Report of the King Institute of Preventive Medicine, Guindy
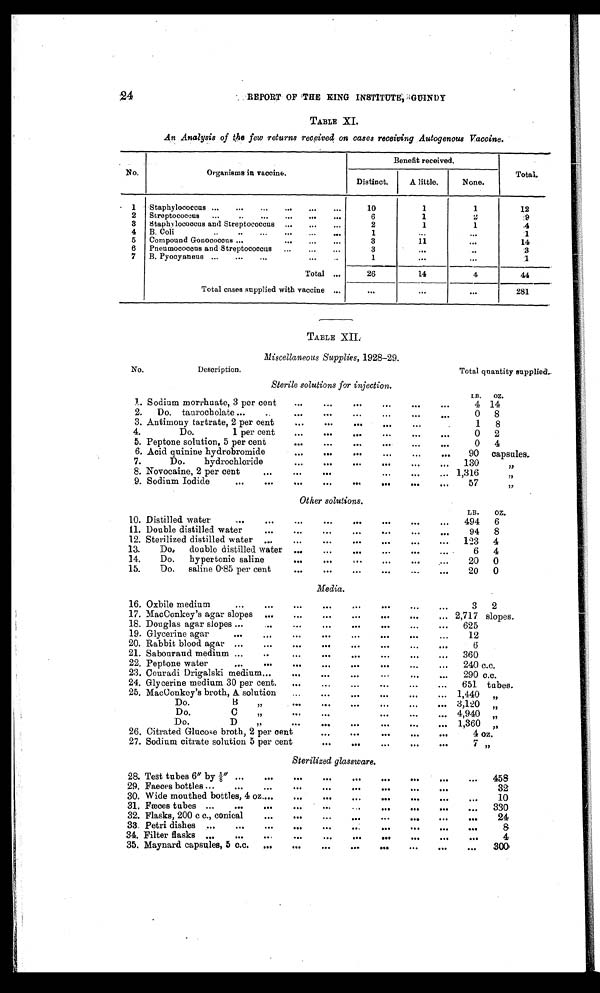
24
REPORT OF THE KING INSTITUTE, GUINDY
TABLE XI.
An Analysis of the few returns received on cases receiving Autogenous Vaccine.
No.
Organisms in vaccine.
Benefit received.
Total.
Distinct.
A little.
None.
1
Staphylococcus ...
...
...
...
...
...
10
1
1
12
2
Streptococcus
...
6
1
2
9
3
Staphylococcus and Streptococcus ...
...
...
2
1
1
4
4
B. Coli
1
. . .
. . .
1
5
Compound Gonococcus ...
3
11
. . .
14
6
Pneumococcous and Streptococcus ... ... ...
3
. . .
. . .
3
7
B. Pyocyaneus ...
...
...
...
1
. . .
. . .
1
Total ...
26
14
4
44
Total cases supplied with vaccine ...
. . .
. . .
. . .
281
TABLE XII.
Miscellaneous Supplies, 1928-29.
No.
Description.
Total quantity supplied.
Sterile solutions for injection.
L B . O Z .
l. Sodium morrhuate, 3 per cent
...
...
...
...
...
...
4 1 4
2.
Do. taurocholate ...
..
...
. . .
. . .
. . .
. . .
. . .
0
8
3. Antimony tartrate, 2 per cent
...
...
. . .
. . .
...
1
8
4.
Do.
1 per cent
...
. . .
. . .
...
. . .
. . .
0
2
5. Peptone solution, 5 per cent
...
. . .
. . .
...
...
. . .
0
4
6. Acid quinine hydrobromide
...
. . .
. . .
. . .
. . .
. . .
90
capsules.
7.
Do.
hydrochloride
...
8. Novocaine, 2 per cent
...
...
. . .
. . .
...
. . .
. . .
. . .
...
. . .
...
130
, ,
1,316
, ,
9. Sodium Iodide
...
....
. . .
. . .
. . .
. . .
.. .
57
, ,
Other solutions.
LB.
Oz.
10. Distilled water
....
.. .
. . .
. . .
. . .
. . .
. . .
494
6
11. Double distilled water...
. . .
. . .
. . .
. . .
9 4 8
12. Sterilized distilled water
...
...
...
. . .
. . .
...
123
4
13.
Do,
double distilled water
..
...
. . .
...
. . .
...
6
4
14.
Do.
hypertonic saline
...
. . .
. . .
. . .
. . .
. . .
20
0
15.
Do.
saline 0.85 per cent
...
. . .
. . .
...
. . .
...
20
0
Media.
16. Oxbile medium
...
..
...
. . .
. . .
. . .
...
. . .
3
2
17. MacConkey's agar slopes
...
...
. . .
. . .
. . .
. . .
... 2,717 slopes.
18. Douglas agar slopes ...
...
...
. . .
. . .
. . .
. . .
. . .
625
19. Glycerine agar
...
...
...
. . .
. . .
. . .
. . . .
. . .
12
20. Rabbit blood agar ...
...
....
. . .
. . .
. . .
. . .
6
21. Sabouraud medium ...
...
. . .
. . .
...
. . .
. . .
360
22. Peptone water
...
...
...
. . .
. . . . .
. . .
. . .
...
240 c.c.
23. Couradi Drigalski medium...
...
. . .
. . .
...
...
...
290 c.c.
24. Glycerine medium 30 per cent.
..
. . .
. . .
. . .
. . .
...
651 tubes.
25. MacConkey's broth, A. solution
...
Do.
B
,, ...
Do.
C
,,
....
Do.
D
, ,
...
. . .
. . .
" .
. . .
. . .
. . .
. . .
. . .
...
...
. . .
...
...
...
. . .
...
...
...
. . .
1,440
„
3,120
,,
4,940
,,
1,360
,,
26. Citrated Glucose broth, 2 per cent
. . .
. . .
. . .
. . .
. . .
4 oz.
27. Sodium citrate solution 5 per cent
. . .
. . .
...
. . .
. . .
7
, ,
Sterilized glassware.
28. Test tubes 6" by t ⅝" ... ... .....
. . .
. . .
. . .
. . .
. . .
...
458
29. Faeces bottles ...
...
...
...
. . .
. . .
. . .
. . .
. . .
32
30. Wide mouthed bottles, 4 oz....
...
. . .
. . .
. . .
. . .
. . .
...
10
31. Fæces tubes ...
...
...
...
. ..
. . .
. . .
. . .
...
330
32. Flasks, 200 c c., conical
...
...
. . .
. . .
. . .
. . . .
. . .
...
24
33. Petri dishes ...
...
...
...
...
. . .
. . .
. . .
. . .
...
8
34. Filter flasks ...
...
...
...
. . .
. . .
....
...
. . .
...
4
35. Maynard capsules, 5 c.c.
...
...
. . .
. . .
. . .
. . .
...
...
3 0 0 .